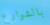
بالشوارع